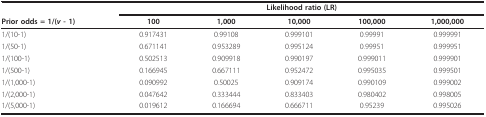
<table><thead><tr><td></td><td colspan="5"><b>Likelihood ratio (LR)</b></td></tr><tr><td><b>Prior odds = 1/(<i>v </i>- 1)</b></td><td><b>100</b></td><td><b>1,000</b></td><td><b>10,000</b></td><td><b>100,000</b></td><td><b>1,000,000</b></td></tr></thead><tbody><tr><td>1/(10-1)</td><td>0.917431</td><td>0.99108</td><td>0.999101</td><td>0.99991</td><td>0.999991</td></tr><tr><td>1/(50-1)</td><td>0.671141</td><td>0.953289</td><td>0.995124</td><td>0.99951</td><td>0.999951</td></tr><tr><td>1/(100-1)</td><td>0.502513</td><td>0.909918</td><td>0.990197</td><td>0.999011</td><td>0.999901</td></tr><tr><td>1/(500-1)</td><td>0.166945</td><td>0.667111</td><td>0.952472</td><td>0.995035</td><td>0.999501</td></tr><tr><td>1/(1,000-1)</td><td>0.090992</td><td>0.50025</td><td>0.909174</td><td>0.990109</td><td>0.999002</td></tr><tr><td>1/(2,000-1)</td><td>0.047642</td><td>0.333444</td><td>0.833403</td><td>0.980402</td><td>0.998005</td></tr><tr><td>1/(5,000-1)</td><td>0.019612</td><td>0.166694</td><td>0.666711</td><td>0.95239</td><td>0.995026</td></tr></tbody></table>